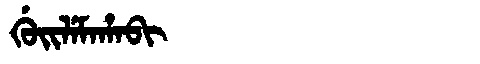
Manchu: ᡤᡠᡳᠯᡝᠮᠠᡥᠠᠪᡳ
Romanization: GUILEMAHABI